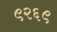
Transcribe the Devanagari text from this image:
९२६९